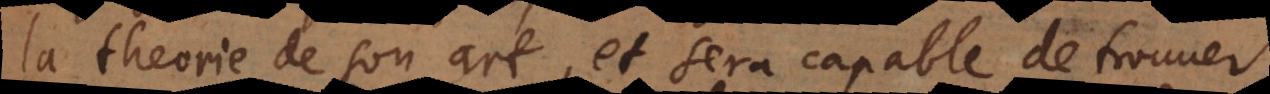
la theorie de son art, et sera capable de trouver